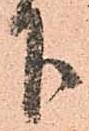
下